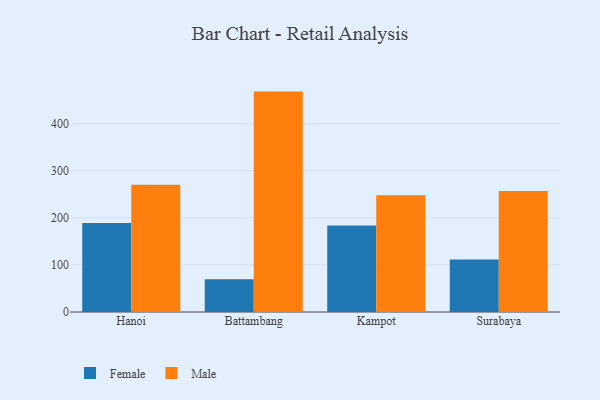
{"axis": {"x": "City", "y": "Gross Profit (USD K)"}, "legend": ["Female", "Male"], "data": [{"x": "Hanoi", "y": 189.1, "type": "Female"}, {"x": "Hanoi", "y": 270.7, "type": "Male"}, {"x": "Battambang", "y": 69.4, "type": "Female"}, {"x": "Battambang", "y": 468.4, "type": "Male"}, {"x": "Kampot", "y": 183.6, "type": "Female"}, {"x": "Kampot", "y": 248.1, "type": "Male"}, {"x": "Surabaya", "y": 111.5, "type": "Female"}, {"x": "Surabaya", "y": 256.9, "type": "Male"}]}